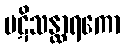
ပဋိသန္ထာရကော